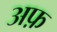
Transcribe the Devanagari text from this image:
अफ़